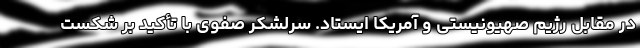
در مقابل رژیم صهیونیستی و آمریکا ایستاد. سرلشکر صفوی با تأکید بر شکست